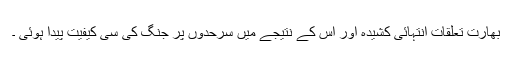
بھارت تعلقات انتہائی کشیدہ اور اس کے نتیجے میں سرحدوں پر جنگ کی سی کیفیت پیدا ہوئی ۔